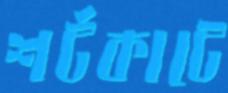
শর্টকাটে